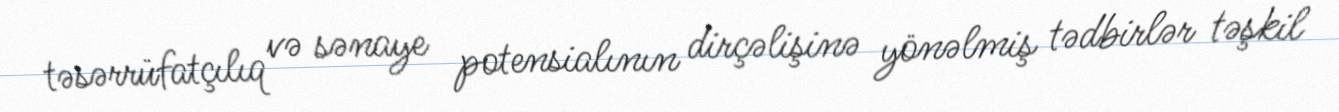
təsərrüfatçılıq və sənaye potensialının dirçəlişinə yönəlmiş tədbirlər təşkil